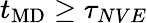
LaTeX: t_{\mathrm{MD}}\geq\tau_{NVE}